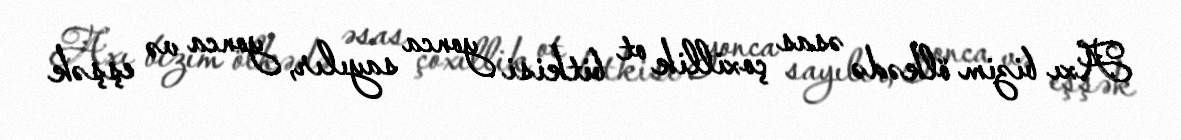
Axı bizim ölkədə əsas çoxillik ot bitkisi yonca sayılır, yonca və eşşək